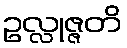
ဥလ္လုဇ္ဇတိ